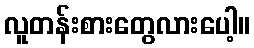
လူတန်းစားတွေလားပေါ့။